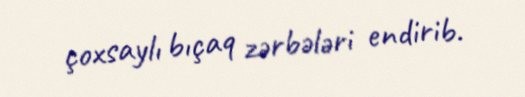
çoxsaylı bıçaq zərbələri endirib.